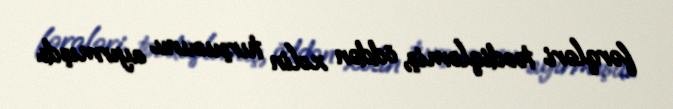
fərqləri təsdiqləmiş, öddən xolin turşusunu ayırmışdı.